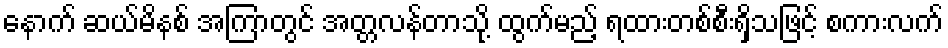
နောက် ဆယ်မိနစ် အကြာတွင် အတ္တလန်တာသို့ ထွက်မည့် ရထားတစ်စီးရှိသဖြင့် စကားလက်